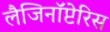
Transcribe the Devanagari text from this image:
लैजिनॉप्टेरिस